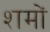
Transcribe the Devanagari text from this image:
शमों